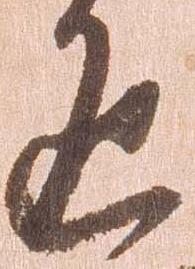
返